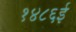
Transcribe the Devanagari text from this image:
१४८६ई